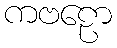
ကဗဠော